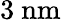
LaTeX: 3\ \mathrm{nm}